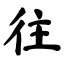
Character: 往